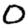
Digit: 0